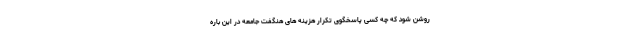
روشن شود که چه کسی پاسخگوی تکرار هزینه های هنگفت جامعه در این باره